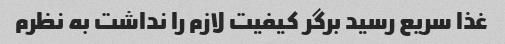
غذا سریع رسید برگر کیفیت لازم را نداشت به نظرم